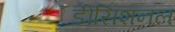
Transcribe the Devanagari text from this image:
डीसिशनल